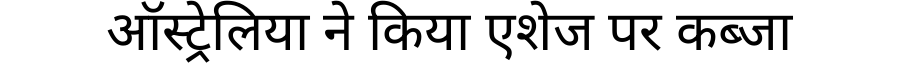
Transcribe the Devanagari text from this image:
ऑस्ट्रेलिया ने किया एशेज पर कब्जा